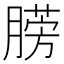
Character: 𣎙